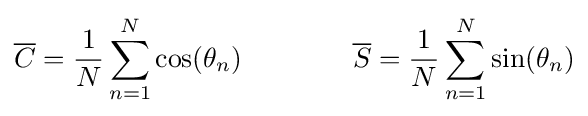
{\overline {C}}={\frac {1}{N}}\sum _{n=1}^{N}\cos(\theta _{n})\qquad \qquad {\overline {S}}={\frac {1}{N}}\sum _{n=1}^{N}\sin(\theta _{n})